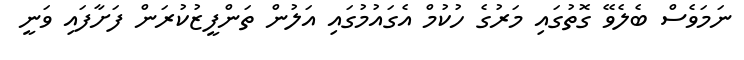
ނަމަވެސް ބެލެވޭ ގޮތުގައި މަރުގެ ހުކުމް އެގައުމުގައި އަލުން ތަންފީޒުކުރަން ފަށާފައި ވަނީ